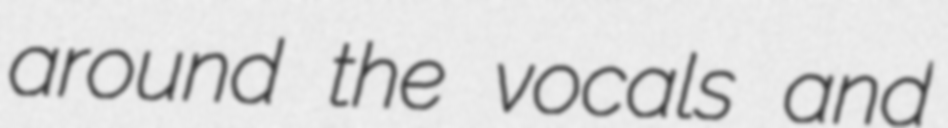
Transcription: around the vocals and